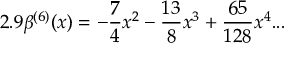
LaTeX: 2 . 9 \beta ^ { ( 6 ) } ( x ) = - \frac { 7 } { 4 } x ^ { 2 } - \frac { 1 3 } { 8 } x ^ { 3 } + \frac { 6 5 } { 1 2 8 } x ^ { 4 } . . .